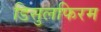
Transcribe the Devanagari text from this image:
डिसुलफिरम